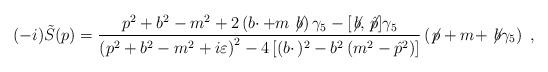
LaTeX: \begin{align*}(-i)\tilde S(p)={p^2+ b^2-m^2+2\left(b\cdotp+m \not\!b\right)\gamma_5 - [\not\!b, \not\!{\hat p}]\gamma_5\over\left(p^2+b^2-m^2+i\varepsilon\right)^2-4\left[(b\cdotp)^2- b^2\left(m^2 -\hat p^2\right)\right]}\left( \not\!p+m+\not\!b\gamma_5\right)\ , \end{align*}